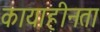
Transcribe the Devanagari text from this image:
कायाहीनता